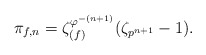
\begin{align*}\pi_{f, n} = \zeta_{(f)}^{\varphi^{-(n+1)}} (\zeta_{p^{n+1}}-1).\end{align*}